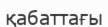
қабаттағы